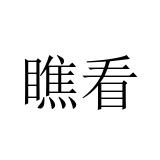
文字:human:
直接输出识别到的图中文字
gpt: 瞧看